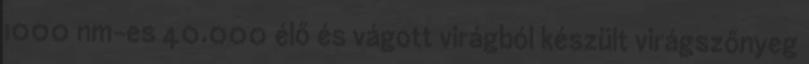
1000 nm-es 40.000 élő és vágott virágból készült virágszőnyeg